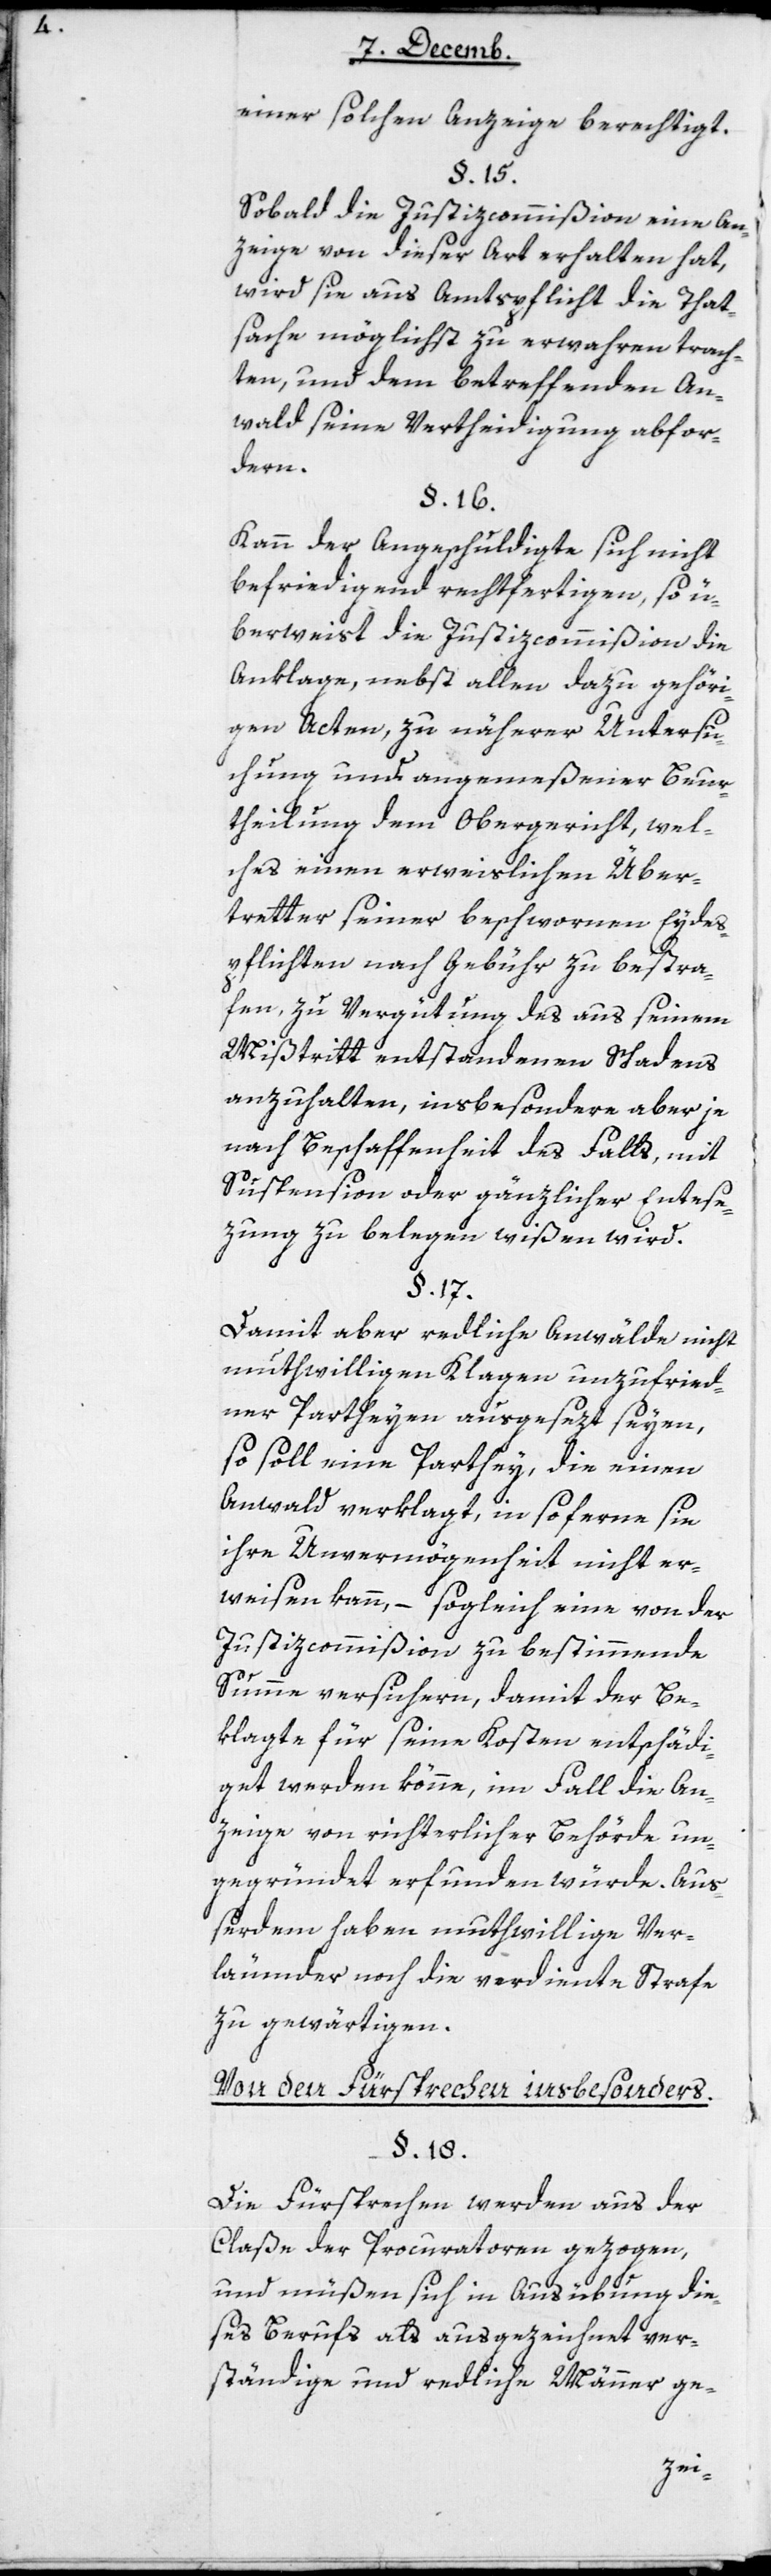
einer solchen Anzeige berechtigt.
§ 15
Sobald die Justizcommißion eine An¬
zeige von dieser Art erhalten hat,
wird sie aus Amtspflicht die That¬
sache möglichst zu erwahren trach¬
ten, und dem betreffenden An¬
wald seine Vertheidigung abfor¬
dern.
Kann der Angeschuldigte sich nicht
befriedigend rechtfertigen, so ü¬
berweist die Justizcommißion die
Anklage, nebst allen dazu gehöri¬
gen Acten, zu näherer Untersu¬
chung und angemeßener Beur¬
theilung dem Obergericht, wel¬
ches einen erweislichen Über¬
tretter seiner beschworenen Eydes¬
pflichten nach Gebühr zu bestra¬
fen, zu Vergütung des aus seinem
Mißtritt entstandenen Schadens
anzuhalten, insbesondere aber je
nach Beschaffenheit des Falls, mit
Suspension oder gänzlicher Entese¬
zung [sic!] zu belegen wißen wird.
§ 17
Damit aber redliche Anwälde nicht
muthwilligen Klagen unzufried¬
ner Partheyen ausgesezt seyen,
so soll eine Parthey, die einen
Anwald verklagt, insoferne sie
ihre Unvermögenheit nicht er¬
weisen kann, – sogleich eine von der
Justizcommißion zu bestimmende
Summe versichern, damit der Be¬
klagte für seine Kosten entschädi¬
get werden könne, im Fall die An¬
zeige von richterlicher Behörde un¬
gegründet erfunden würde. Au¬
ßerdem haben muthwillige Ver¬
leumder noch die verdiente Strafe
zu gewärtigen.
Von den Fürsprechen insbesonders.
Die Fürsprechen werden aus der
Claße der Procuratoren gezogen,
und müßen sich in Ausübung die¬
ses Berufs als ausgezeichnet ver¬
ständige und redliche Männer ge-